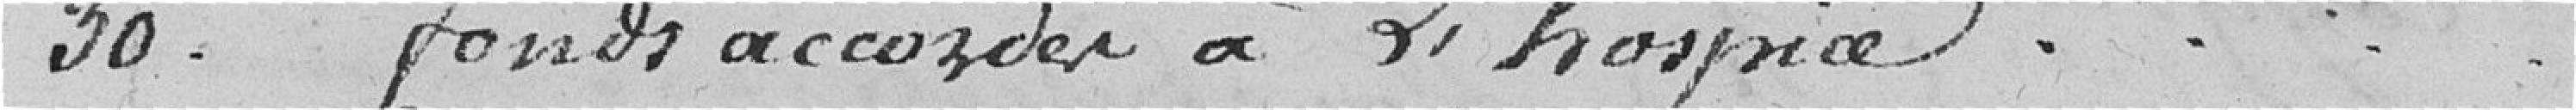
30. Fonds accordés à l'hospice